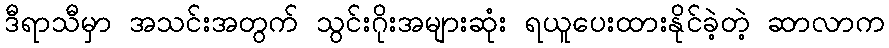
ဒီရာသီမှာ အသင်းအတွက် သွင်းဂိုးအများဆုံး ရယူပေးထားနိုင်ခဲ့တဲ့ ဆာလာက